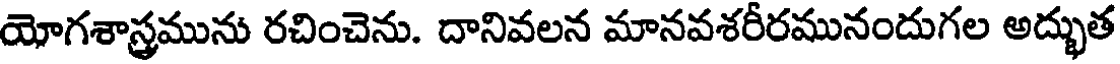
యోగశాస్త్రమును రచించెను. దానివలన మానవశరీరమునందుగల అద్భుత